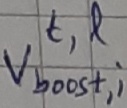
Text: t,l Vboost,i